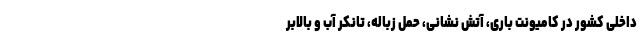
داخلی کشور در کامیونت باری، آتش نشانی، حمل زباله، تانکر آب و بالابر